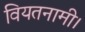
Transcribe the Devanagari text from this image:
वियतनामी।